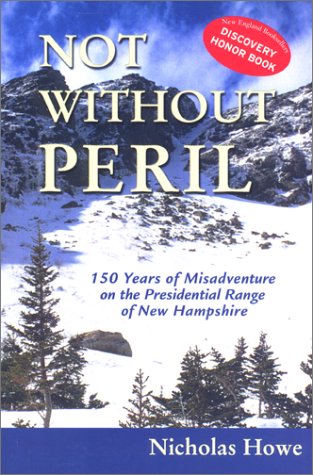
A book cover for Not Without Peril: 150 Years of Misadventure on the Presidential Range of New Hampshire; Nicholas Howe; Travel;